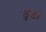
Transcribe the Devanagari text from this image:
डुंडा